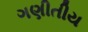
ગણીતીય